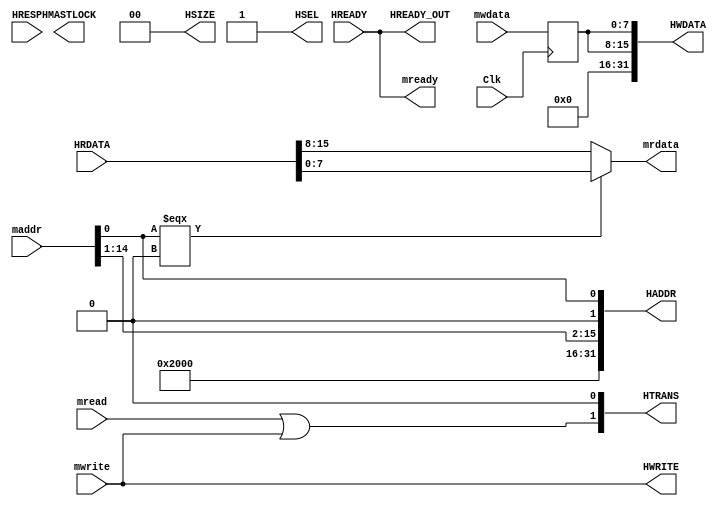
/*
 * Copyright 2018 MicroFPGA UG
 * Apache 2.0 License
 */


module RAM32KAHB (
   maddr,
   mwdata,
   mrdata,
   mwrite,
   mread,
   mready,
   HADDR,
   HTRANS,
   HWRITE,
   HSIZE,
   HWDATA,
   HSEL,
   HMASTLOCK,
   HREADY_OUT,
   HREADY,
   HRDATA,
   HRESP,
   Clk);
 

input   [15:0] maddr; 
input   [7:0] mwdata; 
output   [7:0] mrdata; 
input   mwrite; 
input   mread; 
output   mready; 
output   [31:0] HADDR; 
output   [1:0] HTRANS; 
output   HWRITE; 
output   [1:0] HSIZE; 
output   [31:0] HWDATA; 
output   HSEL; 
output   HMASTLOCK; 
output   HREADY_OUT; 
input   HREADY; 
input   [31:0] HRDATA; 
input   HRESP; 
input   Clk; 

wire    [7:0] mrdata; 
wire    mready; 
wire    [31:0] HADDR; 
wire    [1:0] HTRANS; 
wire    HWRITE; 
wire    [1:0] HSIZE; 
wire    [31:0] HWDATA; 
wire    HSEL; 
wire    HMASTLOCK; 
wire    HREADY_OUT; 
reg     [7:0] mwdata_s; 

assign HREADY_OUT = HREADY; 
assign mready = HREADY; 

// 
assign HWDATA[31:16] = 16'h 0000; 

//  Latch write DATA 
assign HWDATA[15:8] = mwdata_s; 
assign HWDATA[7:0] = mwdata_s; 

always @(posedge Clk)
   begin : process_1
   mwdata_s <= mwdata;   
   end

assign HSIZE = 2'b 00; 
//  Byte transfers only
assign HSEL = 1'b 1; 
assign HTRANS[0] = 1'b 0; 
assign HTRANS[1] = mread | mwrite; 
assign HWRITE = mwrite; 
assign HADDR[0] = maddr[0]; 
assign HADDR[1] = 1'b 0; 
assign HADDR[15:2] = maddr[14:1]; 
assign HADDR[31:16] = 16'h 2000; 
//  eSRAM

//  input mux
assign mrdata = maddr[0] === 1'b 0 ? HRDATA[7:0] : 
	HRDATA[15:8]; 

endmodule // module RAM32KAHB